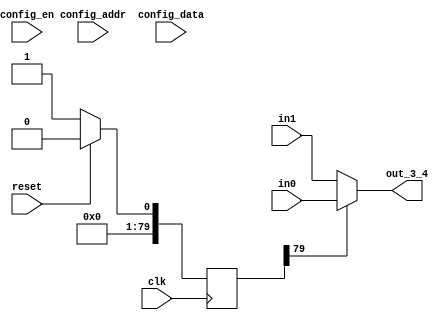

module sb_unq5 (
                clk, reset,
                in0,
                in1,
                out_3_4,
                config_addr,
                config_data,
                config_en
                );

  input  clk;
  input  reset;
  input  config_en;
  input [31:0] config_data;

  // FIXME
  // Bits [31:24] are for switch box, [23:0] for connection box.
  // So bits  [23:0] go unused in this module.  Until this is fixed,
  // we have to let the linter know (verilator directives below) or it complains:
  // %Warning-UNUSED: .../sb_unq1.v:115: Bits of signal are not used: config_addr[23:0]
  /* verilator lint_off UNUSED */
  input [31:0] config_addr;
  /* verilator lint_on UNUSED */

  output [0:0] out_3_4;
   input [0:0] in0;

   input [0:0] in1;
   

  reg [95:0] config_sb;
  
  always @(posedge clk) begin
    if (reset==1'b1) begin

      config_sb <= 96'd0;

    end else begin
       config_sb <= 96'd1;
       
      // if (config_en==1'b1) begin
      //    case (config_addr[31:24])
      //      8'd0: config_sb[31:0] <= config_data;
      //      8'd1: config_sb[63:32] <= config_data;
      //      8'd2: config_sb[95:64] <= config_data;

      //      default: ;

      //    endcase
      // end
    end
  end

  assign out_3_4 = config_sb[79] ? in0 : in1; 

endmodule